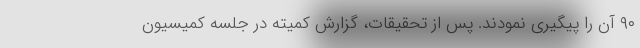
۹۰ آن را پیگیری نمودند. پس از تحقیقات، گزارش کمیته در جلسه کمیسیون